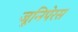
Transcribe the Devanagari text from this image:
जूनिपेरस